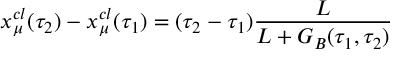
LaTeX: x _ { \mu } ^ { c l } ( \tau _ { 2 } ) - x _ { \mu } ^ { c l } ( \tau _ { 1 } ) = ( \tau _ { 2 } - \tau _ { 1 } ) \frac { L } { L + G _ { B } ( \tau _ { 1 } , \tau _ { 2 } ) }